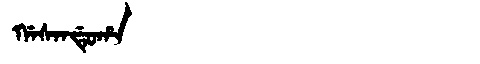
Manchu: ᡤᠠᠰᠠᠨᡩᡠᡥᠠ
Romanization: GASANDUHA